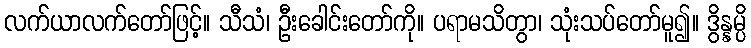
လက်ယာလက်တော်ဖြင့်။ သီသံ၊ ဦးခေါင်းတော်ကို။ ပရာမသိတွာ၊ သုံးသပ်တော်မူ၍။ ဒွိန္နမ္ပိ